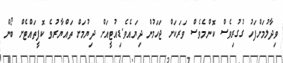
ވިދާލުމަށްފަހު ގުގުރިވެސް ކޮންމެވެސް ވަރަކަށް ޖަހަމުން ދިޔައެވެ.ޑިއުޓީއަށް ދިޔުމަށް ތައްޔާރުވެ ކޮފީތައްޓެށް ބޯން